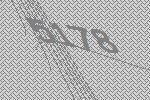
5178